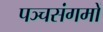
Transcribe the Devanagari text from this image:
पञ्चसंगमों